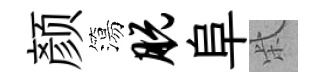
颜簜脱阜柴